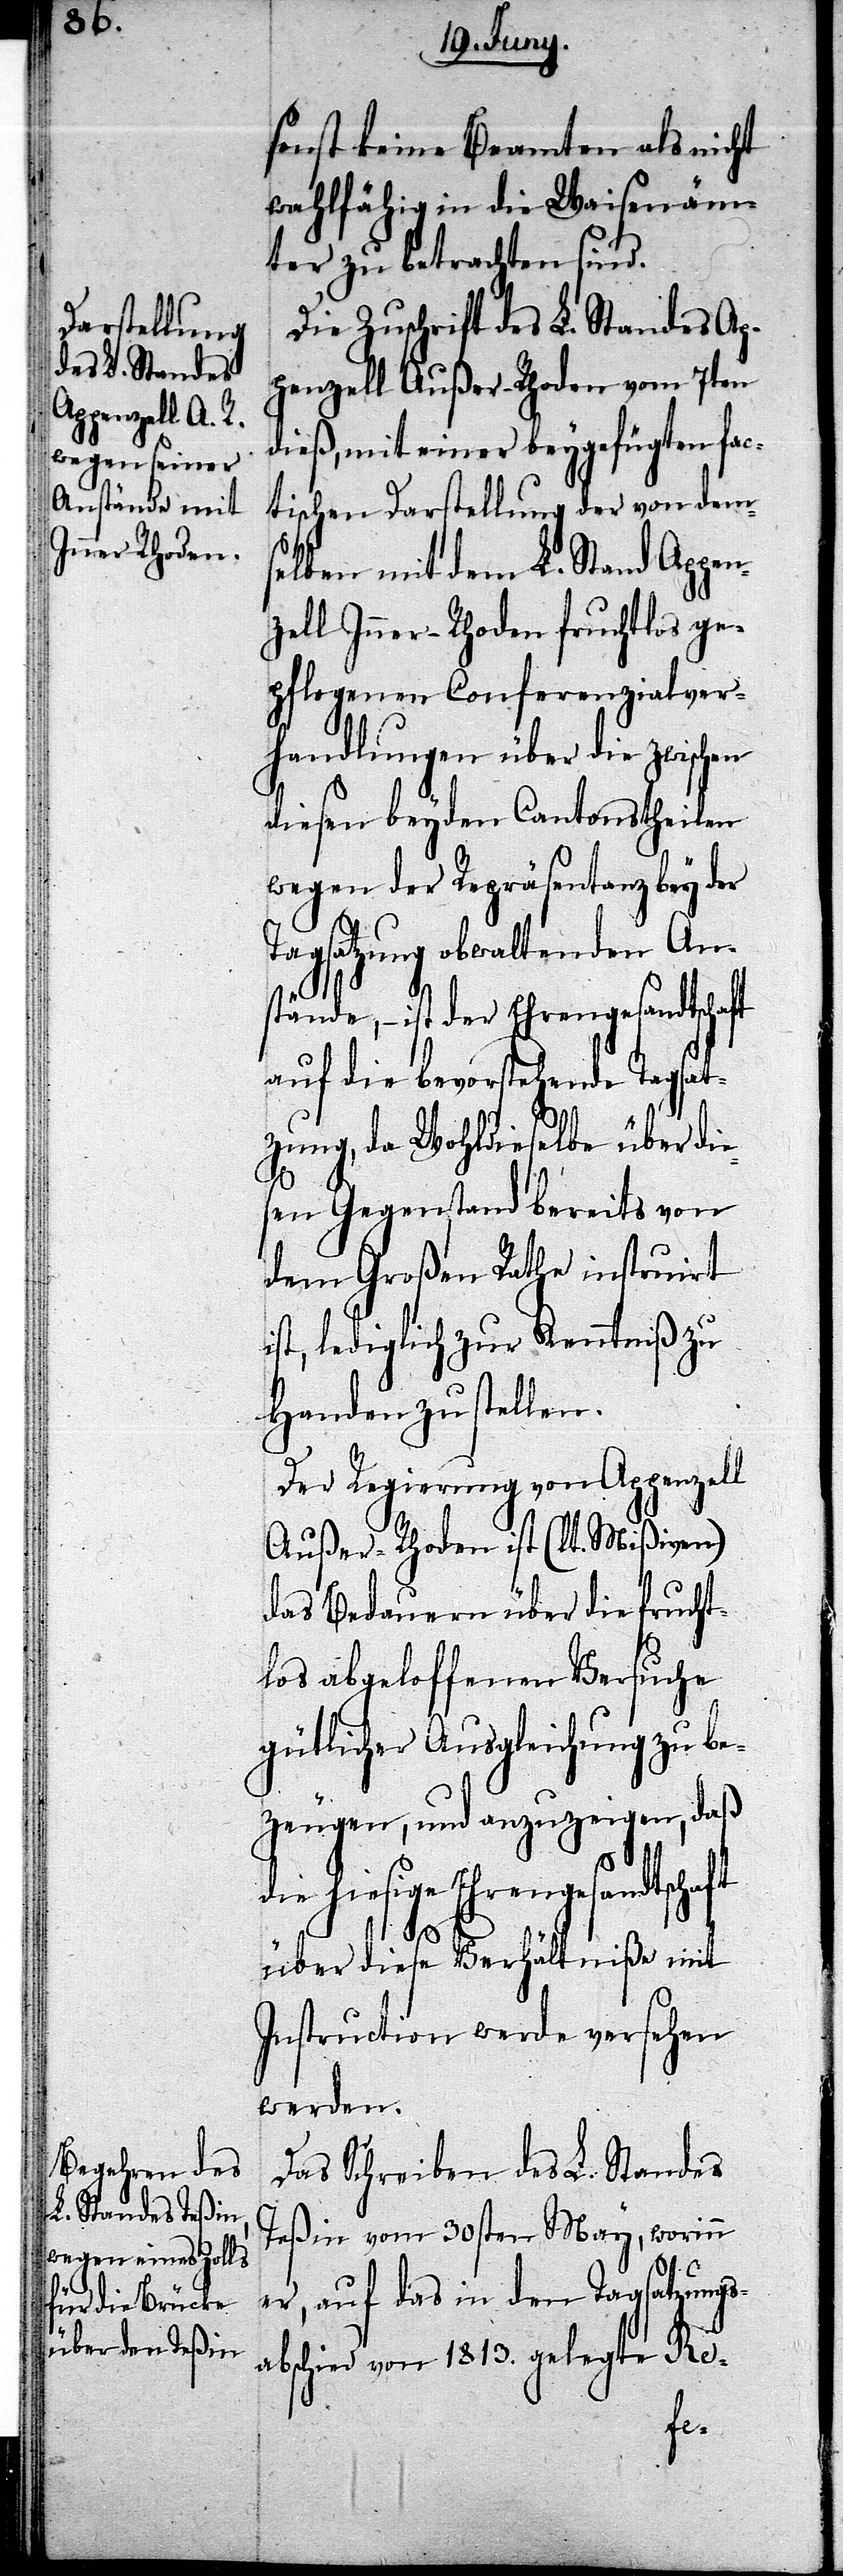
sonst keine Beamten als nicht
wahlfähig in die Waisenäm¬
ter zu betrachten sind.
Die Zuschrift des L. Standes Ap¬
penzell Außer-Rhoden vom 7ten
dieß, mit einer beygefügten fac¬
tischen Darstellung der von dem¬
selben mit dem L. Stand Appen¬
zell Inner-Rhoden fruchtlos ge¬
pflegenen Conferenzialver¬
handlungen über die zwischen
diesen beyden Cantonstheilen
wegen der Repräsentanz bey der
Tagsatzung obwaltenden An¬
stände, – ist der Ehrengesandtschaft
auf die bevorstehende Tagsat¬
zung, da Wohldieselbe über die¬
sen Gegenstand bereits von
dem Großen Rathe instruirt
ist, lediglich zu Kenntniß zu
Handen zu stellen.
Der Regierung von Appenzell
Außer-Rhoden ist (lt. Mißiven)
das Bedauern über die frucht¬
los abgeloffenen Versuche
gütlicher Ausgleichung zu be¬
zeugen, und anzuzeigen, daß
hiesige Ehrengesandtsc¬
über diese Verhältniße mit
Instruction werde versehen
werden.
Das Schreiben des L. Standes
Teßin vom 30sten May, worinn
er, auf das in den Tagsatzungs¬
abschied von 1813. gelegte Re-
haft